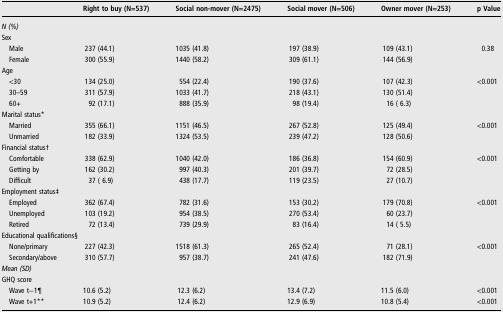
<table><thead><tr><td></td><td><b>Right to buy (N=537)</b></td><td><b>Social non-mover (N=2475)</b></td><td><b>Social mover (N=506)</b></td><td><b>Owner mover (N=253)</b></td><td><b>p Value</b></td></tr></thead><tbody><tr><td colspan="6"><i>N (%)</i></td></tr><tr><td colspan="6">Sex</td></tr><tr><td> Male</td><td>237 (44.1)</td><td>1035 (41.8)</td><td>197 (38.9)</td><td>109 (43.1)</td><td>0.38</td></tr><tr><td> Female</td><td>300 (55.9)</td><td>1440 (58.2)</td><td>309 (61.1)</td><td>144 (56.9)</td><td></td></tr><tr><td colspan="6">Age</td></tr><tr><td> &lt;30</td><td>134 (25.0)</td><td>554 (22.4)</td><td>190 (37.6)</td><td>107 (42.3)</td><td>&lt;0.001</td></tr><tr><td> 30–59</td><td>311 (57.9)</td><td>1033 (41.7)</td><td>218 (43.1)</td><td>130 (51.4)</td><td></td></tr><tr><td> 60+</td><td>92 (17.1)</td><td> 888 (35.9)</td><td>98 (19.4)</td><td>16 ( 6.3)</td><td></td></tr><tr><td colspan="6">Marital status*</td></tr><tr><td> Married</td><td>355 (66.1)</td><td>1151 (46.5)</td><td>267 (52.8)</td><td>125 (49.4)</td><td>&lt;0.001</td></tr><tr><td> Unmarried</td><td>182 (33.9)</td><td>1324 (53.5)</td><td>239 (47.2)</td><td>128 (50.6)</td><td></td></tr><tr><td colspan="6">Financial status†</td></tr><tr><td> Comfortable</td><td>338 (62.9)</td><td>1040 (42.0)</td><td>186 (36.8)</td><td>154 (60.9)</td><td>&lt;0.001</td></tr><tr><td> Getting by</td><td>162 (30.2)</td><td> 997 (40.3)</td><td>201 (39.7)</td><td>72 (28.5)</td><td></td></tr><tr><td> Difficult</td><td>37 ( 6.9)</td><td> 438 (17.7)</td><td>119 (23.5)</td><td>27 (10.7)</td><td></td></tr><tr><td colspan="6">Employment status‡</td></tr><tr><td> Employed</td><td>362 (67.4)</td><td>782 (31.6)</td><td>153 (30.2)</td><td>179 (70.8)</td><td>&lt;0.001</td></tr><tr><td> Unemployed</td><td>103 (19.2)</td><td>954 (38.5)</td><td>270 (53.4)</td><td>60 (23.7)</td><td></td></tr><tr><td> Retired</td><td>72 (13.4)</td><td>739 (29.9)</td><td>83 (16.4)</td><td>14 ( 5.5)</td><td></td></tr><tr><td colspan="6">Educational qualifications§</td></tr><tr><td> None/primary</td><td>227 (42.3)</td><td>1518 (61.3)</td><td>265 (52.4)</td><td>71 (28.1)</td><td>&lt;0.001</td></tr><tr><td> Secondary/above</td><td>310 (57.7)</td><td> 957 (38.7)</td><td>241 (47.6)</td><td>182 (71.9)</td><td></td></tr><tr><td colspan="6"><i>Mean (SD)</i></td></tr><tr><td colspan="6">GHQ score</td></tr><tr><td> Wave t−1¶</td><td>10.6 (5.2)</td><td>12.3 (6.2)</td><td>13.4 (7.2)</td><td>11.5 (6.0)</td><td>&lt;0.001</td></tr><tr><td> Wave t+1**</td><td>10.9 (5.2)</td><td>12.4 (6.2)</td><td>12.9 (6.9)</td><td>10.8 (5.4)</td><td>&lt;0.001</td></tr></tbody></table>